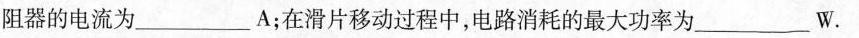
阻器的电流为___A；在滑片移动过程中，电路消耗的最大功率为___W。